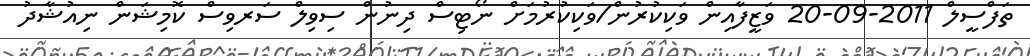
ތަފްސީލް 2011-09-20 ވަޒީފާއިން ވަކިކުރުން/ވަކިކުރުމަށް ނޯޓިސް ދިނުން ސިވިލް ސަރވިސް ކޮމިޝަން ނިއުޝާދު